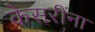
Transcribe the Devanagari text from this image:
केसरींना